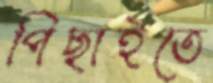
পিছাইতে